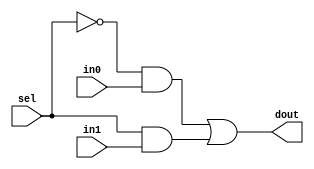
//======================================================================
//                       Bobcat RTL design file
//=======================================================================
//                  AMD PROPRIETARY AND CONFIDENTIAL
//           (c) Copyright 2007 Advanced Micro Devices, Inc.
//=======================================================================
// File Id and RCS Info:
// $Id: mux2e.v,v 1.1 2010/12/08 22:14:14 vsananda Exp $
// $Change: 41975 $
//=======================================================================
// Module Description:
// AND/OR multiplexor with one-hot selects.  
// Zero-hot selects produces a zero output.
//=======================================================================

`timescale 1ps/1ps

module mux2e (dout, sel, in1, in0);

parameter upper = 0;
parameter lower = 0; 
parameter width = upper-lower+1;  // default width of output
   
output [upper:lower] dout;  // data out
reg    [upper:lower] dout;
input                sel;   // select
input  [upper:lower] in1;   // data inputs
input  [upper:lower] in0;


always @*
    case (sel)
      1'b0, 1'b1:  dout[upper:lower] = ({width{~sel}} & in0[upper:lower]) | 
                                       ({width{ sel}} & in1[upper:lower]) ;
      default:     dout[upper:lower] = {width{1'bx}};
    endcase

endmodule